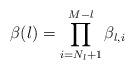
LaTeX: \begin{align*}\beta(l)=\prod^{M-l}_{i=N_l+1}\beta_{l,i}\end{align*}